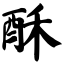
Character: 酥